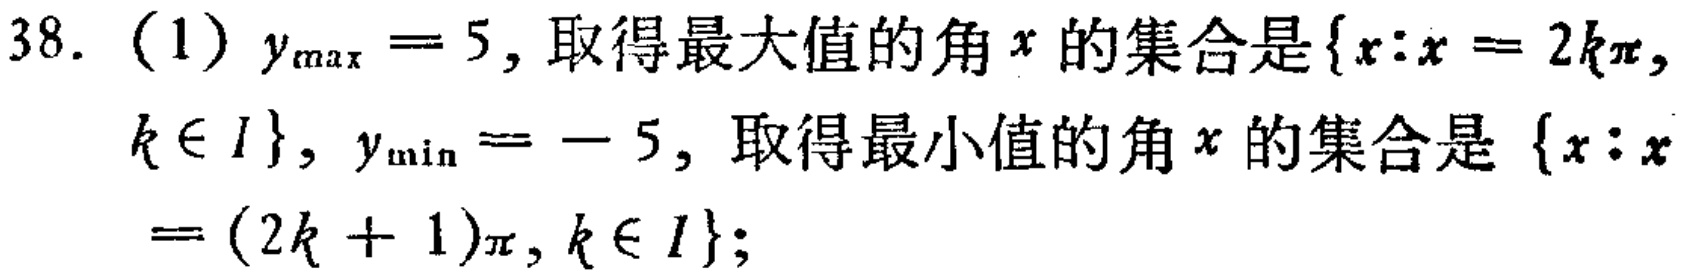
38. (1) \(y_{\max}=5\), 取得最大值的角\(x\)的集合是\(\{x:x = 2k\pi,k\in I\}\), \(y_{\min}=- 5\), 取得最小值的角\(x\)的集合是 \(\{x:x=(2k + 1)\pi,k\in I\}\);